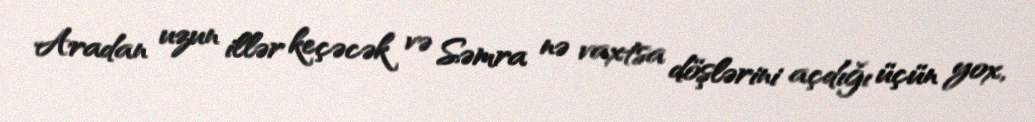
Aradan uzun illər keçəcək və Səmra nə vaxtsa döşlərini açdığı üçün yox,